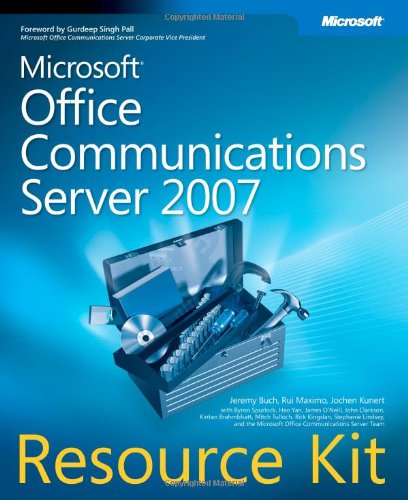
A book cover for Microsoft Office Communications Server 2007 Resource Kit; Jeremy Buch; Computers & Technology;